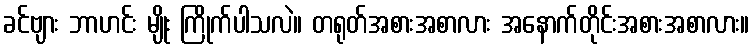
ခင်ဗျား ဘာဟင်း မျိုး ကြိုက်ပါသလဲ။ တရုတ်အစားအစာလား အနောက်တိုင်းအစားအစာလား။